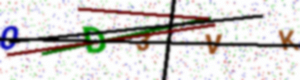
Text: 0D3VK